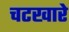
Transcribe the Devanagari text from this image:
चटखारे